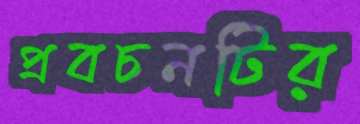
প্রবচনটির